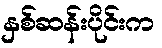
နှစ်ဆန်းပိုင်းက